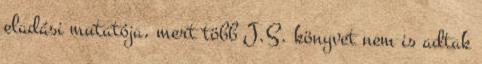
eladási mutatója, mert több J.S. könyvet nem is adtak